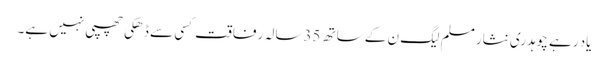
یاد رہے چوہدری نثار مسلم لیگ ن کے ساتھ 35سالہ رفاقت کسی سے ڈھکی چھپی نہیں ہے۔